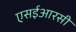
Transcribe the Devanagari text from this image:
एसईआरसी